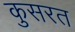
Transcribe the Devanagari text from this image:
कुसरत